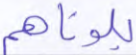
بلوناهم